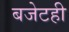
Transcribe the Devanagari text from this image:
बजेटही